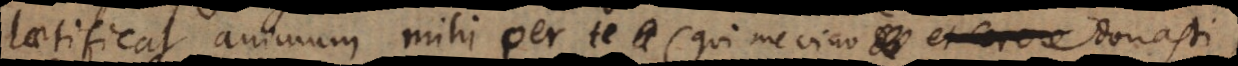
laetificat animum mihi per te (qui me vino donast